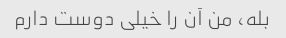
بله، من آن را خیلی دوست دارم